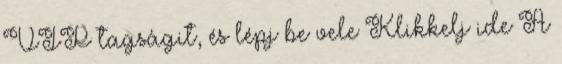
VIP tagságit, és lépj be vele Klikkelj ide A